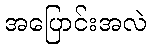
အပြောင်းအလဲ